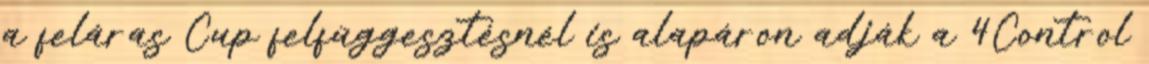
a feláras Cup felfüggesztésnél is alapáron adják a 4Control